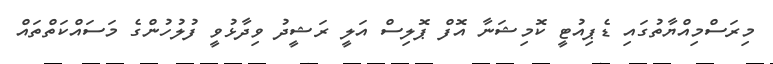
މިރަސްމިއްޔާތުގައި ޑެޕިއުޓީ ކޮމިޝަނާ އޮފް ޕޮލިސް އަލީ ރަޝީދު ވިދާޅުވީ ފުލުހުންގެ މަސައްކަތްތައް